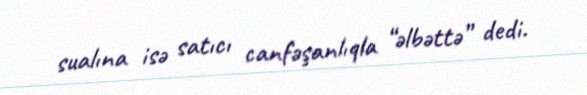
sualına isə satıcı canfəşanlıqla “əlbəttə” dedi.